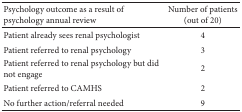
<table><thead><tr><td><b>Psychology outcome as a result of psychology annual review</b></td><td><b>Number of patients (out of 20)</b></td></tr></thead><tbody><tr><td>Patient already sees renal psychologist</td><td>4</td></tr><tr><td>Patient referred to renal psychology</td><td>3</td></tr><tr><td>Patient referred to renal psychology but did not engage</td><td>2</td></tr><tr><td>Patient referred to CAMHS</td><td>2</td></tr><tr><td>No further action/referral needed</td><td>9</td></tr></tbody></table>